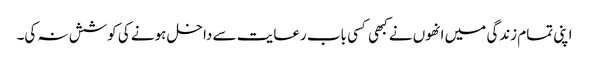
اپنی تمام زندگی میں انھوں نے کبھی کسی باب رعایت سے داخل ہونے کی کوشش نہ کی۔